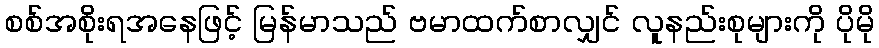
စစ်အစိုးရအနေဖြင့် မြန်မာသည် ဗမာထက်စာလျှင် လူနည်းစုများကို ပိုမို